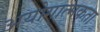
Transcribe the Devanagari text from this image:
अयोगात्मकता